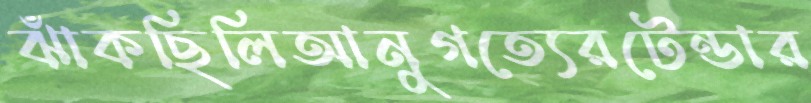
ঝাঁকছিলিআনুগত্যেরটেন্ডার